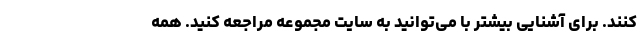
کنند. برای آشنایی بیشتر با می‌توانید به سایت مجموعه مراجعه کنید. همه